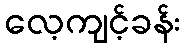
လေ့ကျင့်ခန်း